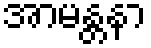
အာမန္တနာ